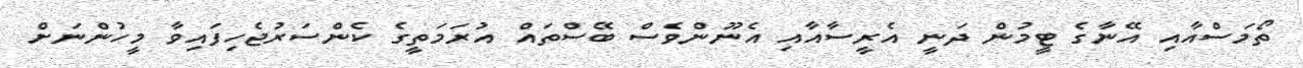
ތޯމަސްއާއި އޭނާގެ ޓީމުން ދަނީ އެރީސާއާއި އެނޫންވެސް ބޭސްތައް އުރަމަތީގެ ކެންސަރުޖެހިފައިވާ މީހުންނަށް